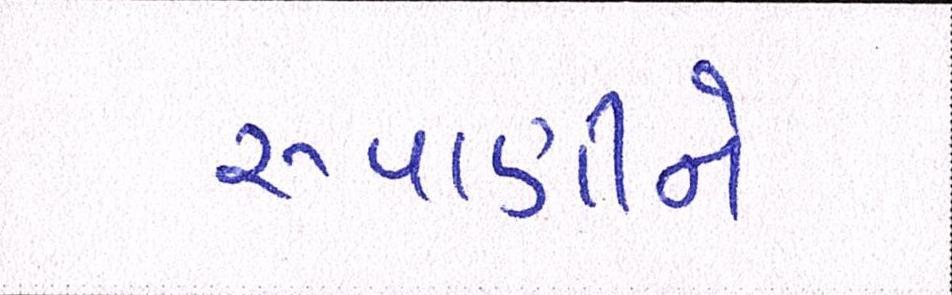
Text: રૂપાણીને